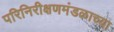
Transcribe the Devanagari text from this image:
परिनिरीक्षणमंडळाच्या